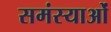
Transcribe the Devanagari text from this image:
समंस्याओं